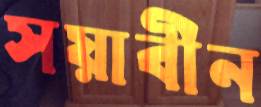
সয়াবীন